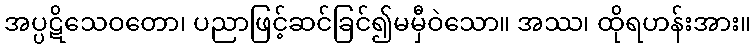
အပ္ပဋိသေဝတော၊ ပညာဖြင့်ဆင်ခြင်၍မမှီဝဲသော။ အဿ၊ ထိုရဟန်းအား။